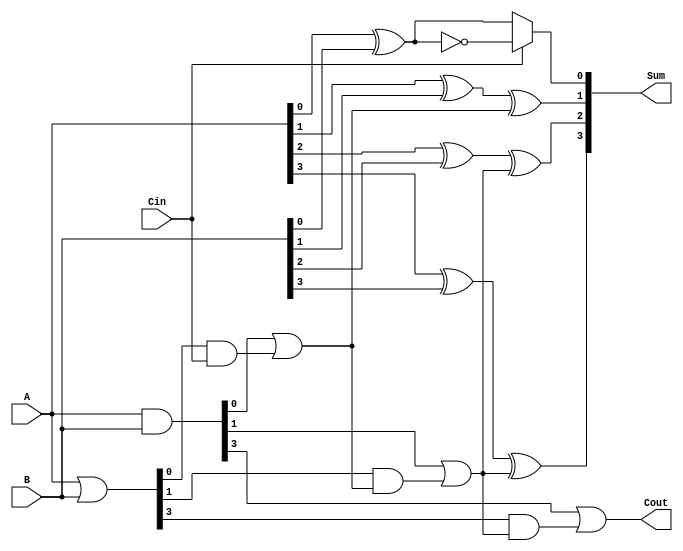
module CarrySelectAdder (
    input [3:0] A,       // First operand
    input [3:0] B,       // Second operand
    input Cin,           // Carry-in
    output [4:0] Sum,    // 4-bit Sum output plus Carry-out
    output Cout          // Carry-out
);

    // Intermediate Signals
    wire [3:0] S0, S1;    // Sums for carry-in 0 and carry-in 1
    wire [3:0] G, P;       // Generate and Propagate signals
    wire C0, C1;           // Carry outputs for carry-in 0 and 1

    // Generate and Propagate
    assign G = A & B;      // Generate
    assign P = A | B;      // Propagate

    // Full Adders for sums assuming carry-in = 0
    assign S0[0] = A[0] ^ B[0] ^ 0; // S0[0] = A[0] + B[0] + 0
    assign S0[1] = A[1] ^ B[1] ^ C0; // S0[1] = A[1] + B[1] + C0
    assign S0[2] = A[2] ^ B[2] ^ C1; // S0[2] = A[2] + B[2] + C1
    assign S0[3] = A[3] ^ B[3] ^ C1; // S0[3] = A[3] + B[3] + C1

    // Full Adders for sums assuming carry-in = 1
    assign S1[0] = A[0] ^ B[0] ^ 1; // S1[0] = A[0] + B[0] + 1
    assign S1[1] = A[1] ^ B[1] ^ C0; // S1[1] = A[1] + B[1] + C0
    assign S1[2] = A[2] ^ B[2] ^ C1; // S1[2] = A[2] + B[2] + C1
    assign S1[3] = A[3] ^ B[3] ^ C1; // S1[3] = A[3] + B[3] + C1

    // Carry lookahead logic
    assign C0 = G[0] | (P[0] & Cin); // Carry-out for first bit
    assign C1 = G[1] | (P[1] & C0);  // Carry-out for second bit

    // Final sum selection based on carry-in
    assign Sum[0] = (Cin) ? S1[0] : S0[0];
    assign Sum[1] = (Cin) ? S1[1] : S0[1];
    assign Sum[2] = (Cin) ? S1[2] : S0[2];
    assign Sum[3] = (Cin) ? S1[3] : S0[3];

    // Final carry-out
    assign Cout = G[3] | (P[3] & C1); // Final carry-out

endmodule